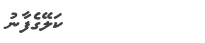
ކަލޭގެފާނު